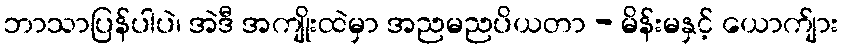
ဘာသာပြန်ပါပဲ၊ အဲဒီ အကျိုးထဲမှာ အညမညပိယတာ - မိန်းမနှင့် ယောက်ျား